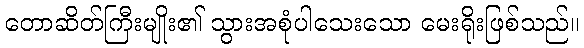
တောဆိတ်ကြီးမျိုး၏ သွားအစုံပါသေးသော မေးရိုးဖြစ်သည်။